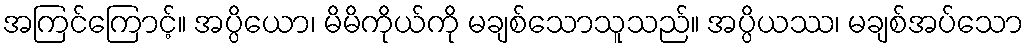
အကြင်ကြောင့်။ အပ္ပိယော၊ မိမိကိုယ်ကို မချစ်သောသူသည်။ အပ္ပိယဿ၊ မချစ်အပ်သော